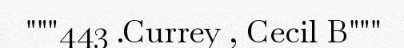
"""443 .Currey , Cecil B"""